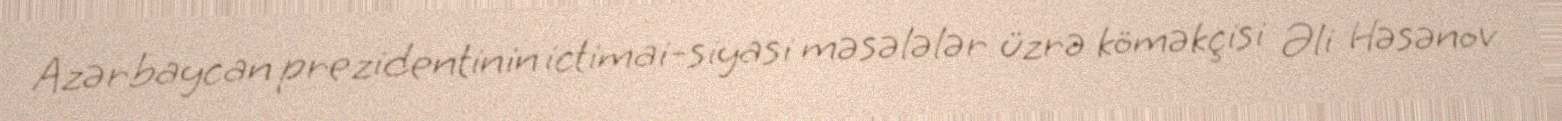
Azərbaycan prezidentinin ictimai-siyasi məsələlər üzrə köməkçisi Əli Həsənov